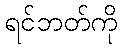
ရင်ဘတ်ကို